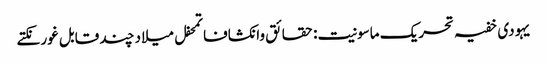
یہودی خفیہ تحریک ماسونیت: حقائق وانکشافاتمحفل میلاد چند قابل غور نکتے